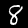
Label: 8